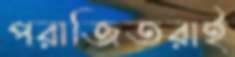
পরাজিতরাই